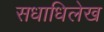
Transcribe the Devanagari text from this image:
सधाधिलेख